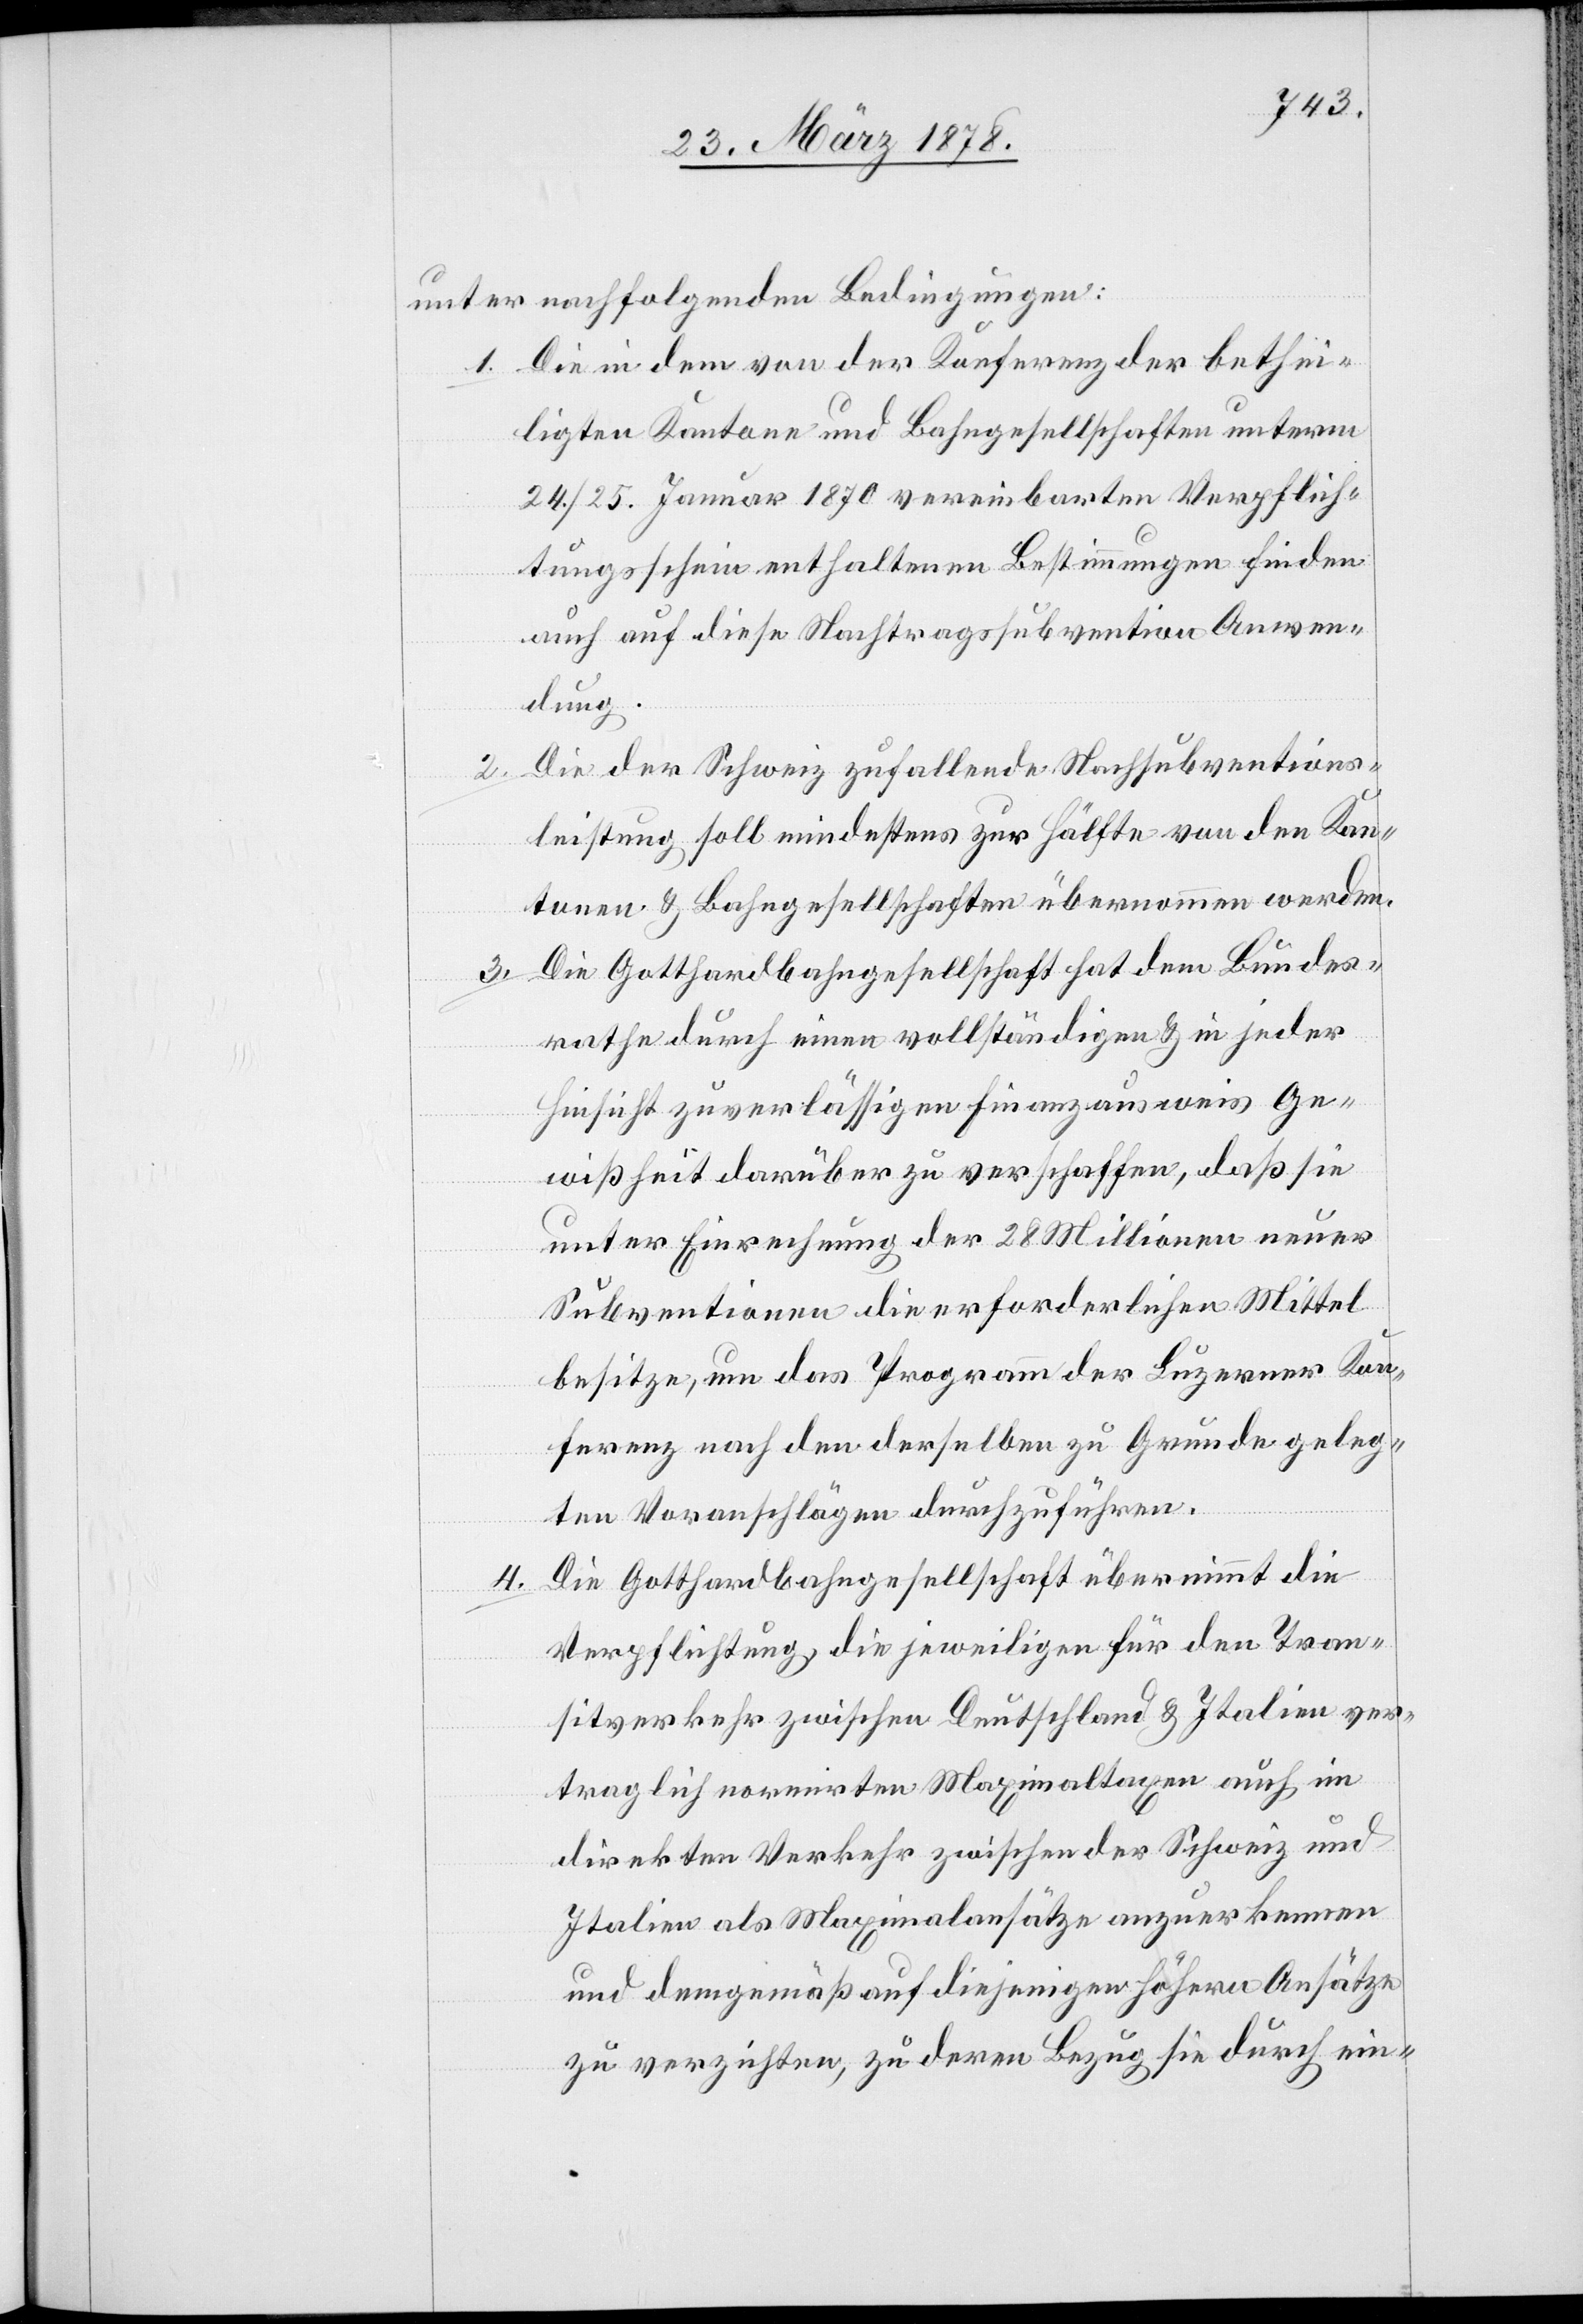
unter folgenden Bedingungen:
Die in dem von der Konferenz der bethei¬
1.
ligten Kantone und Bahngesellschaften unterm
24./25. Januar 1870 vereinbarten Verpflich¬
tungsschein enthaltenen Bestimmungen finden
auch auf diese Nachtragssubvention Anwen¬
dung.
Die der Schweiz zufallende Nachsubventions¬
2.
leistung soll mindestens zur Hälfte von den Kan¬
tonen & Bahngesellschaften übernommen werden.
Die Gotthardbahngesellschaft hat dem Bundes¬
3.
rathe durch einen vollständigen & in jeder
Hinsicht zuverlässigen Finanzausweis Ge¬
wissheit darüber zu verschaffen, daß sie
unter Einrechnung der 28 Millionen neuer
Subventionen die erforderlichen Mittel
besitze, um das Programm der Luzerner Kon¬
ferenz nach den derselben zu Grunde geleg¬
ten Voranschlägen durchzuführen.
Die Gotthardbahngesellschaft übernimmt die
Verpflichtung, die jeweiligen für den Tran¬
sitverkehr zwischen Deutschland & Italien ver¬
traglich normirten Maximaltaxen auch im
direkten Verkehr zwischen der Schweiz und
Italien als Maximalansätze anzuerkennen
und demgemäß auf diejenigen höhern Ansätze
zu verzichten, zu deren Bezug sie durch ein-

4.